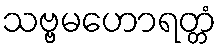
သဗ္ဗမဟောရတ္တံ